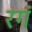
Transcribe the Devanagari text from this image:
रगं